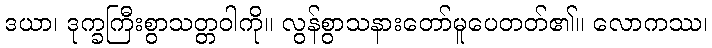
ဒယာ၊ ဒုက္ခကြီးစွာသတ္တဝါကို။ လွန်စွာသနားတော်မူပေတတ်၏။ လောကဿ၊